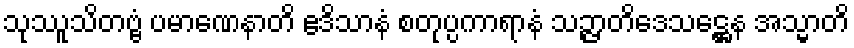
သုဿူသိတဗ္ဗံ ပမာဏေနာတိ ဧဒိသာနံ စတုပ္ပကာရာနံ သဉ္ဇာတိဒေသဋ္ဌေန အသ္မာတိ